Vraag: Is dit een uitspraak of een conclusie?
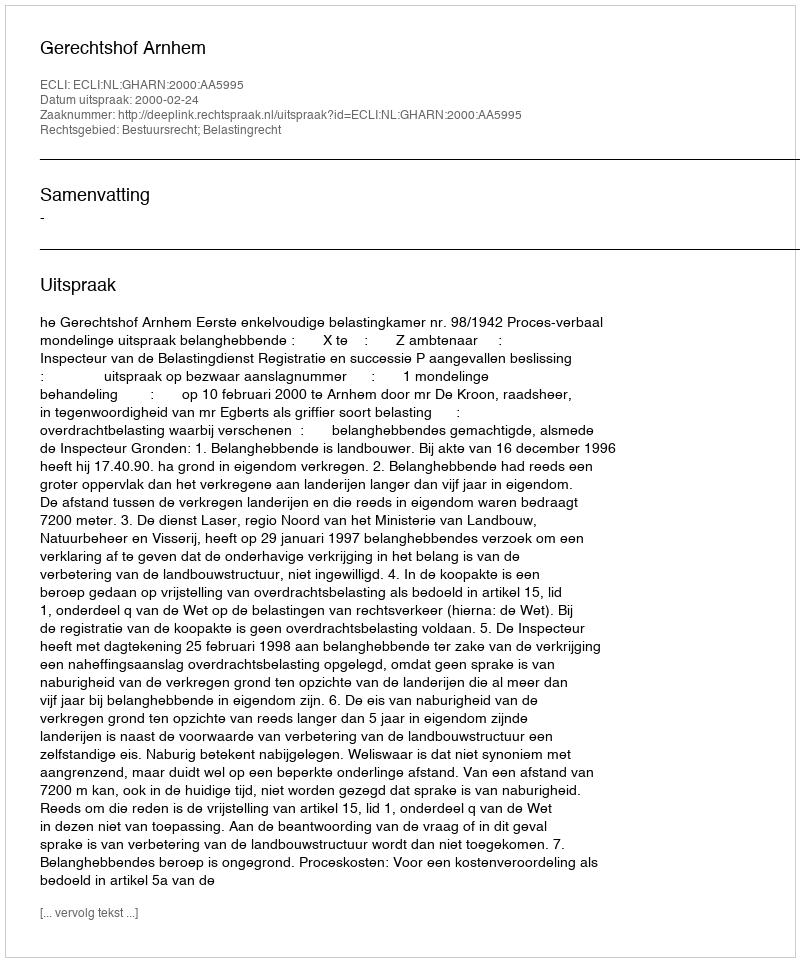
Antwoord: Uitspraak